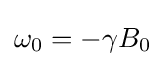
\omega _{0}=-\gamma B_{0}